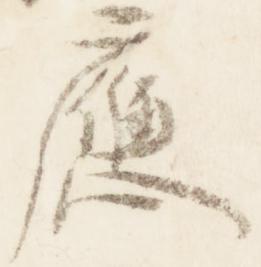
応